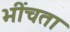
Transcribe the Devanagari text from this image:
भींचता